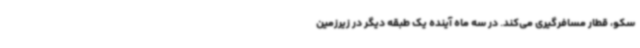
سکو، قطار مسافرگیری می‌کند. در سه ماه آینده یک طبقه دیگر در زیرزمین